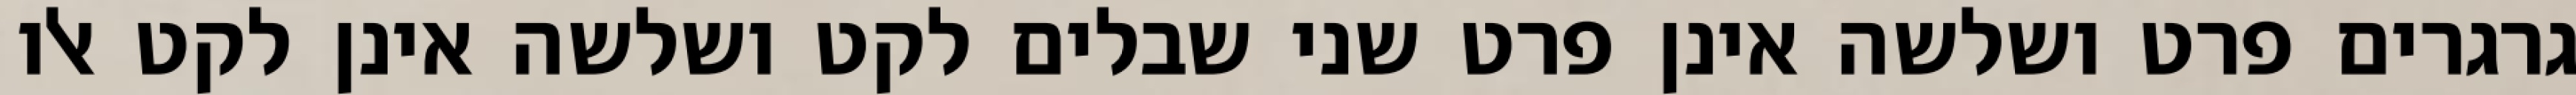
גרגרים פרט ושלשה אינן פרט שני שבלים לקט ושלשה אינן לקט אלו